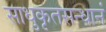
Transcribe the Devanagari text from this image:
साधुकृतसन्धानं